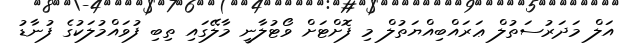
އަލް މަދަރުސަތުލް ޢަރައްބިއްޔަތުލް މި ފޮށްޓަށް ވޯޓުލާނީ މާލޭގައި ތިބި ފުވައްމުލަކުގެ ފުނާޑު